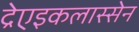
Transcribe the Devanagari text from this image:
द्रेएइकलास्सेन